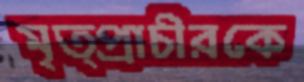
মৃত্প্রাচীরকে